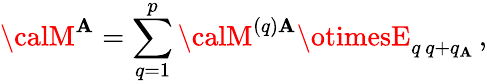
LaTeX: {\calM}^{\mathbf{A}}=\sum_{q=1}^{p}{\calM}^{(q)\mathbf{A}}\otimesE_{q\, q+q_{\mathbf{A}}}\, ,